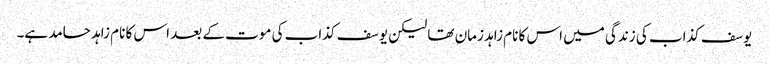
یوسف کذاب کی زندگی میں اس کا نام زاہد زمان تھا لیکن یوسف کذاب کی موت کے بعد اس کا نام زاہد حامد ہے۔